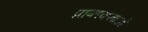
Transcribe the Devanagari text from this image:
प्राप्तकताओं